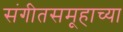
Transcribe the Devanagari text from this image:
संगीतसमूहाच्या